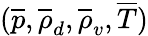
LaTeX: (\overline{{p}},\overline{{\rho}}_{d},\overline{{\rho}}_{v},\overline{{T}})